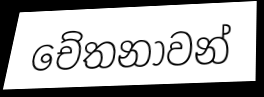
චේතනාවන්